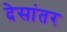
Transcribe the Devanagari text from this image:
देसांतर